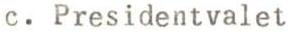
c. Presidentvalet